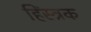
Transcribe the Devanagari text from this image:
हिंस्त्रक